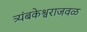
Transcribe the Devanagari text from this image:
त्र्यंबकेश्वराजवळ